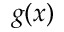
g ( x )